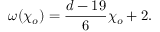
\omega ( { \chi _ { o } } ) = { \frac { d - 1 9 } { 6 } } { \chi _ { o } } + 2 .